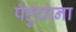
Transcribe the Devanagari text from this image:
पँहुचाना